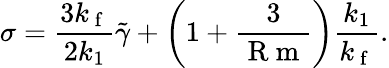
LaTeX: \sigma=\frac{3k_{\mathrm{~f~}}}{2k_{1}}\tilde{\gamma}+\left(1+\frac{3}{\mathrm{~R~m~}}\right)\frac{k_{1}}{k_{\mathrm{~f~}}}.